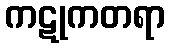
ကဋုကတရာ